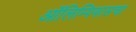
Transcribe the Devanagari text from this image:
ऑलिम्पियासचा